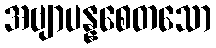
အဗျာပန္နစေတသော